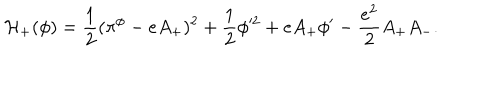
LaTeX: { \cal H } _ { + } ( \phi ) = { \frac { 1 } { 2 } } ( \pi ^ { \phi } - e A _ { + } ) ^ { 2 } + { \frac { 1 } { 2 } } \phi ^ { 2 } + e A _ { + } \phi ^ { \prime } - { \frac { e ^ { 2 } } { 2 } } A _ { + } A _ { - } .